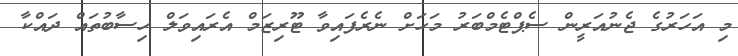
މި އަހަރުގެ ޖެނުއަރީން ސެޕްޓެމްބަރު މަހަށް ނެރެފައިވާ ޓޫރިޒަމް އެރައިވަލް ހިސާބުތައް ދައްކާ